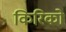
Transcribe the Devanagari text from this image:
किरिको